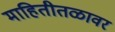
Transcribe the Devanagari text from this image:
माहितीतळावर